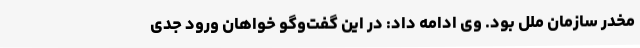
مخدر سازمان ملل بود. وی ادامه داد: در این گفت‌وگو خواهان ورود جدی